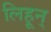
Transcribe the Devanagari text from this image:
लिहून्